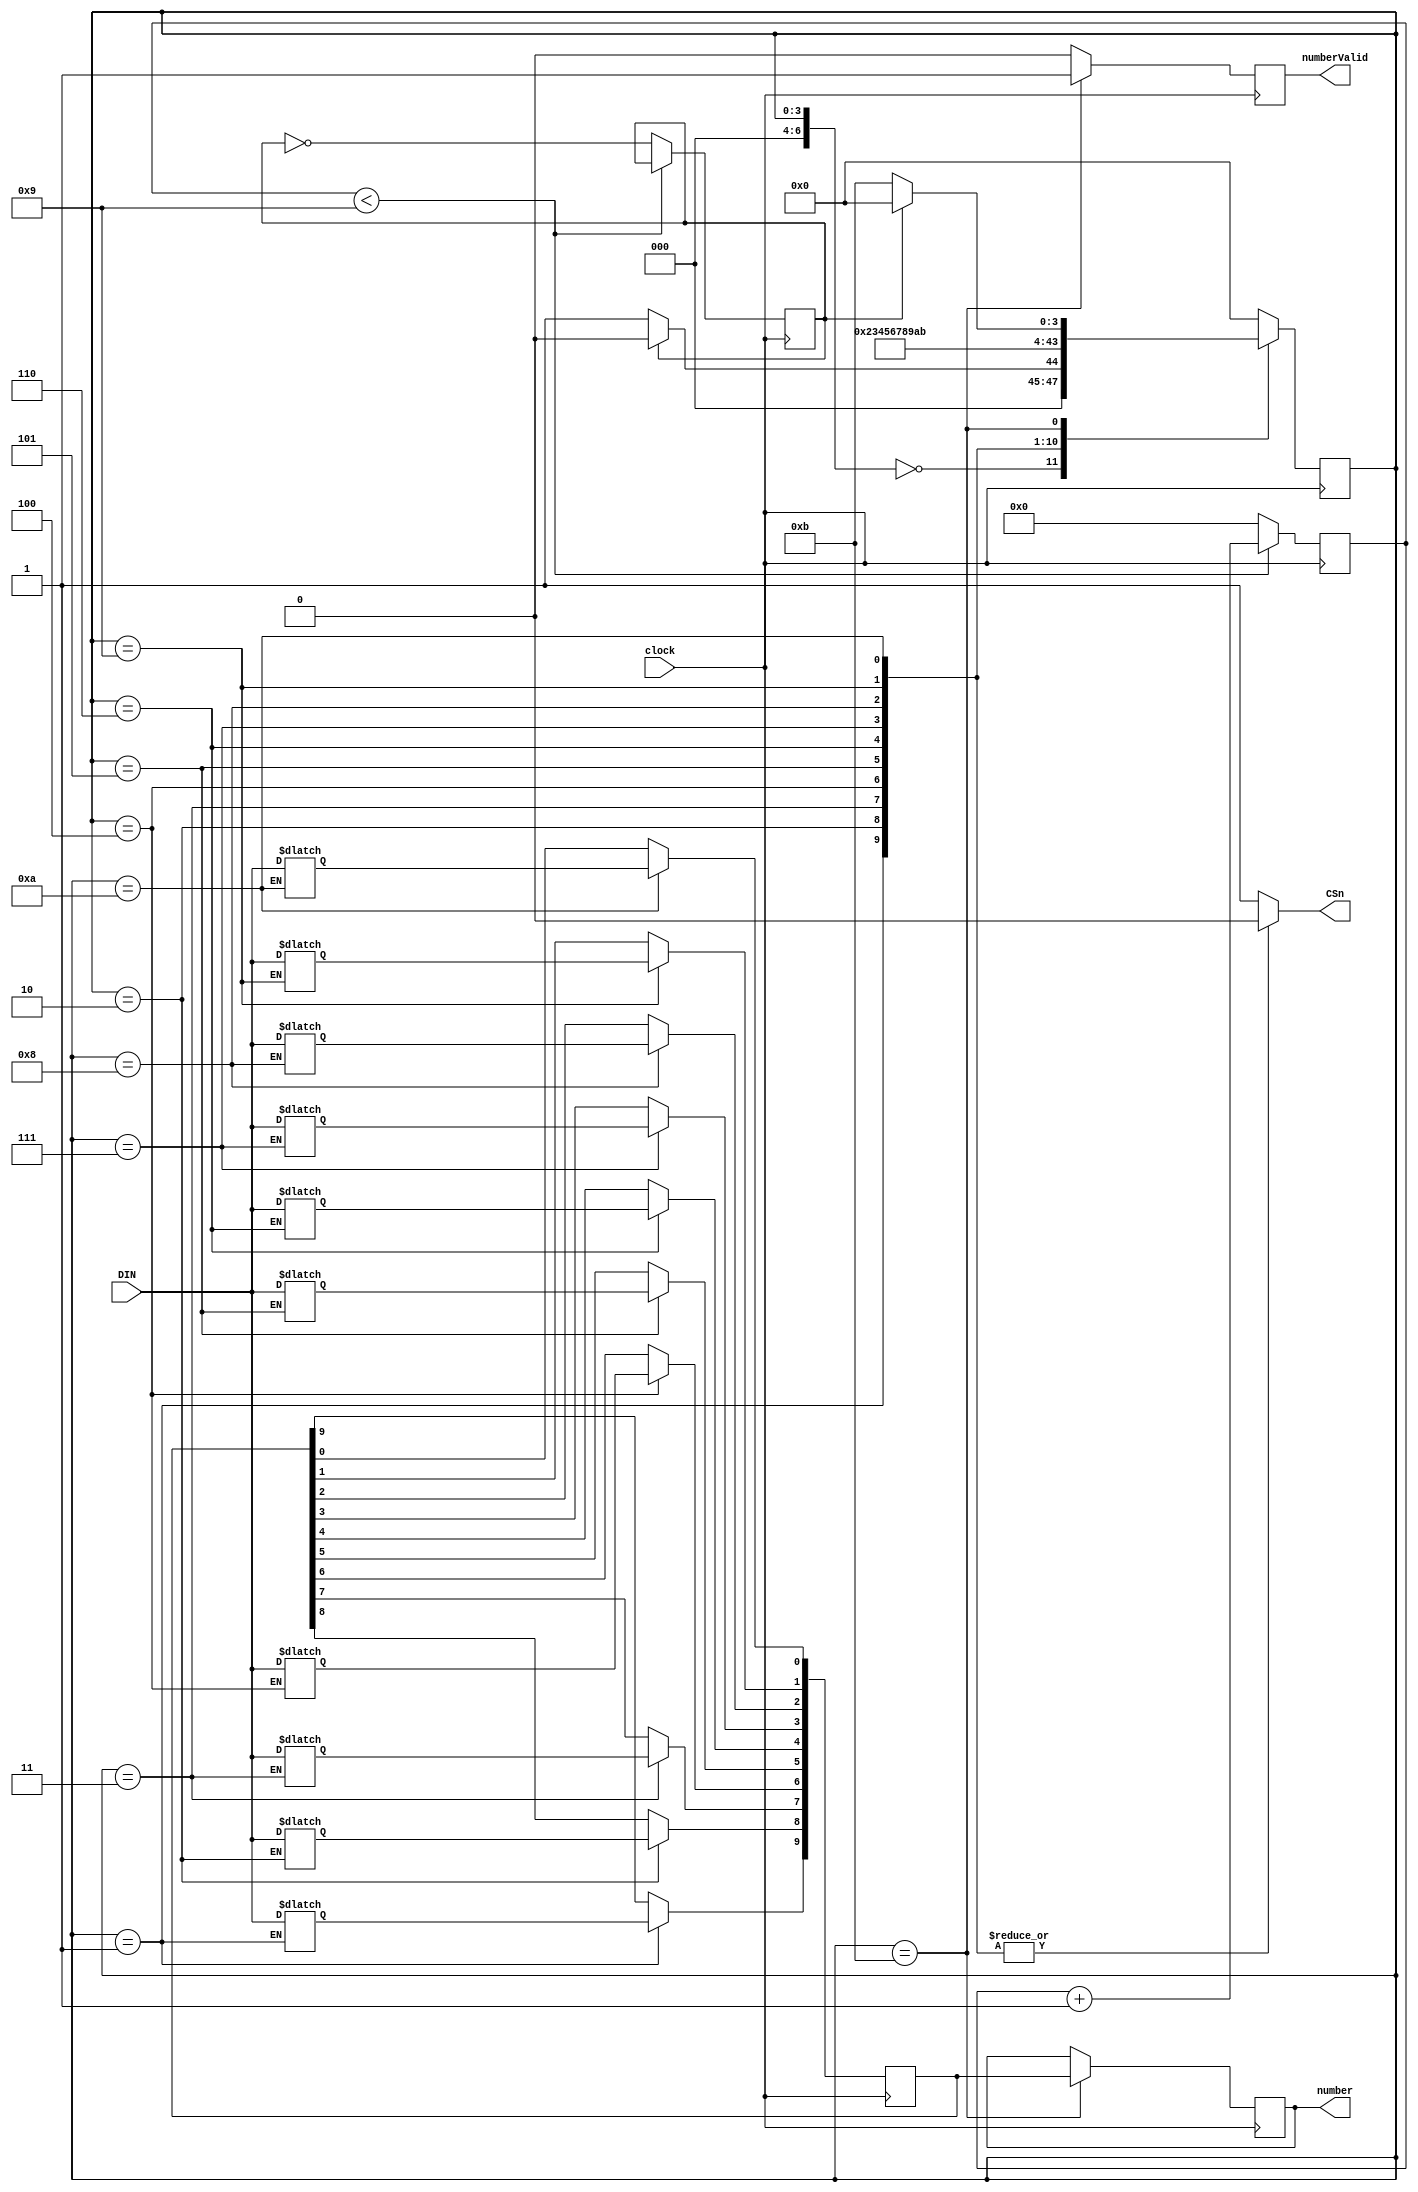
`timescale 1ns / 1ps
//////////////////////////////////////////////////////////////////////////////////
// Company: 
// Engineer: 
// 
// Design Name: 
// Module Name:    Control 
// Project Name: 
// Target Devices: 
// Tool versions: 
// Description: 
//
// Dependencies: 
//
// Revision: 
// Revision 0.01 - File Created
// Additional Comments: 
//
//////////////////////////////////////////////////////////////////////////////////
module controlADC( clock,number,CSn,DIN,numberValid);

input clock;
output reg [9:0] number;
output CSn;
input DIN;

reg [27:0]count;
reg clockCS;
reg [9:0] numberReg;
reg [9:0] numberEdge;
reg CSnReg;
output reg numberValid;


//Divisor de frecuencia para clockCS
always @(negedge clock)
 begin
		 if(count<9)count <= count+1; //Quieto!
		 else begin
		  count <= 0;
		  clockCS <= ~clockCS;
		  end
  end
//Fin del divisor

reg [6:0] Nestado;
reg[6:0] estado;

initial begin
count=0;
CSnReg=1;
clockCS=1;
estado=0;
Nestado=0;
number=0;
numberReg=0;
CSnReg=0;
numberValid=0;
end

assign CSn = CSnReg;

always@(negedge clock)
	if(estado==11) begin
	number <= numberEdge;
	numberValid <= 1;end
	else begin
	number <= number;
	numberValid <= 0;end


always@(clock or clockCS) begin  //Escoger estado a partir de entradas y estado anterior

		case(estado)

				//0: Nestado = (enviando==1) ?  1 :  0 ;//Esperando enviando
				0: Nestado = (clockCS==0) ? 1 : 0;//CS Alto
				1: Nestado = 2;//CS Bajo
				2: Nestado = 3;//D[9]
				3: Nestado = 4;//D[8]
				4: Nestado = 5;//D[7]
				5: Nestado = 6;//D[6]
				6: Nestado = 7;//D[5]
				7: Nestado = 8;//D[4]
			   8: Nestado = 9;//D[3]
			   9: Nestado = 10;//D[2]
			  10: Nestado = 11;//D[1]
			  11: Nestado = (clockCS==1) ? 0 : 11;//D[0]

				default Nestado = 0;
		endcase

end

always @(negedge clock) //Asignar el estado
estado<=Nestado;

always @(*) // Definicion salidas
begin
case(estado)
0: begin CSnReg=1 ; end //CS Alto
1: begin CSnReg=0; numberReg[9]=DIN; end //D[9]
2: begin CSnReg=0; numberReg[8]=DIN; end //D[8]
3: begin CSnReg=0; numberReg[7]=DIN;  end //D[7]
4: begin CSnReg=0; numberReg[6]=DIN; end //D[6]
5: begin CSnReg=0; numberReg[5]=DIN; end //D[5]
6: begin CSnReg=0; numberReg[4]=DIN; end //D[4]
7: begin CSnReg=0; numberReg[3]=DIN; end //D[3]
8: begin CSnReg=0; numberReg[2]=DIN; end //D[2]
9: begin CSnReg=0; numberReg[1]=DIN; end //D[1]
10: begin CSnReg=0; numberReg[0]=DIN; end //D[0]
11: begin CSnReg=1;  end //Terminado

default begin CSnReg=1; end
endcase
end

always @(posedge clock)
begin
case(estado)
1: begin numberEdge[9]<=numberReg[9]; end //D[9]
2: begin numberEdge[8]<=numberReg[8]; end //D[8]
3: begin numberEdge[7]<=numberReg[7];  end //D[7]
4: begin numberEdge[6]<=numberReg[6]; end //D[6]
5: begin numberEdge[5]<=numberReg[5]; end //D[5]
6: begin numberEdge[4]<=numberReg[4]; end //D[4]
7: begin numberEdge[3]<=numberReg[3]; end //D[3]
8: begin numberEdge[2]<=numberReg[2]; end //D[2]
9: begin numberEdge[1]<=numberReg[1]; end //D[1]
10: begin numberEdge[0]<=numberReg[0]; end //D[0]
default begin numberEdge<=numberEdge;  end
endcase
end

		
endmodule